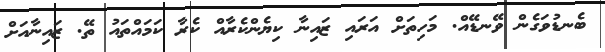
ބެނޑުވަގެން ވޭނޑޭއް. މަހިތަށް އަރައި ޒައިނާ ކިޔެންކެރާއް ކެރާ ކަމައްތައު ތޭ. ޒައިނާއަށް